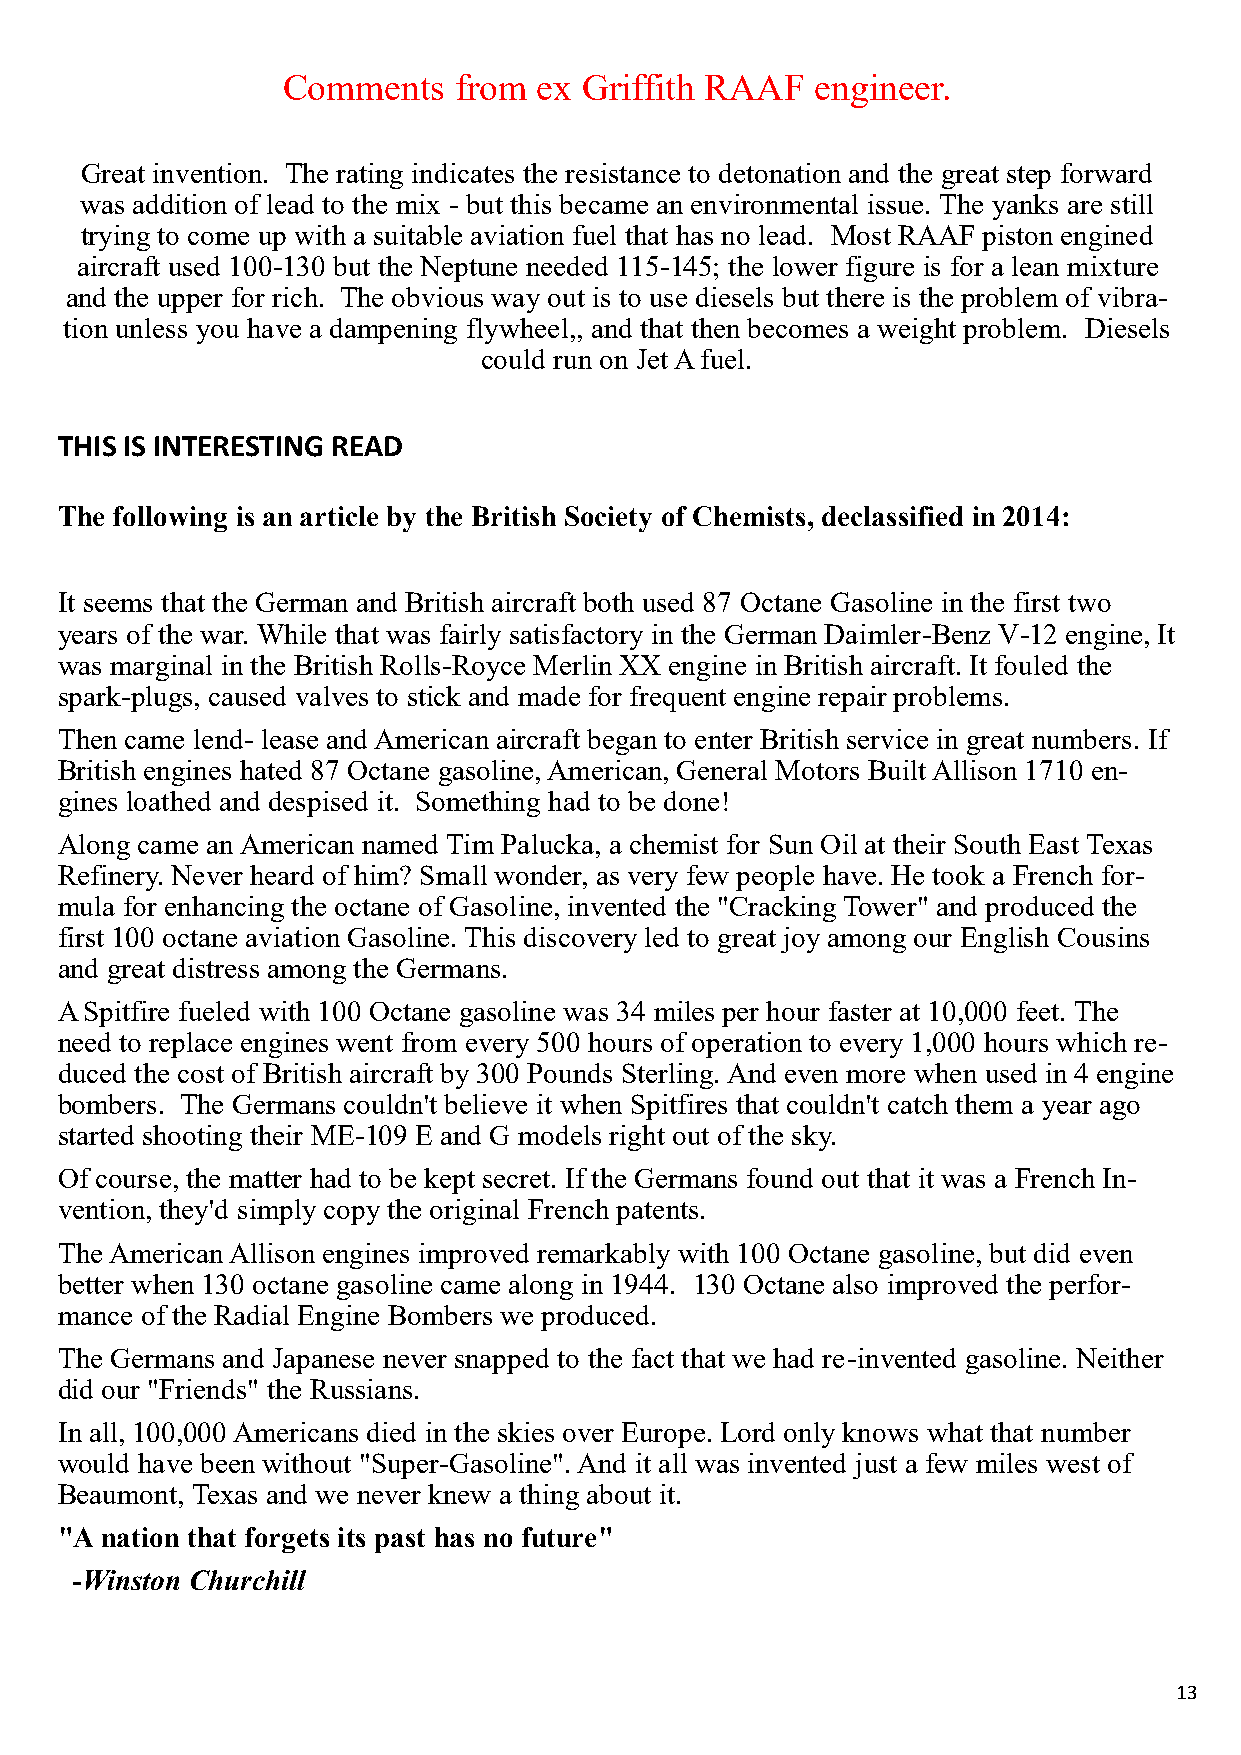
Comments   from  ex Griffith RAAF  engineer.
 Great invention. The rating indicates the resistance to detonation and the great step forward
 was addition of lead to the mix - but this became an environmental issue. The yanks are still
 trying to come up with a suitable aviation fuel that has no lead. Most RAAF piston engined
 aircraft used 100-130 but the Neptune needed 115-145; the lower figure is for a lean mixture
 and the upper for rich. The obvious way out is to use diesels but there is the problem of vibra-
 tion unless you have a dampening flywheel,, and that then becomes a weight problem. Diesels
 could run on Jet A fuel.
 THIS IS INTERESTING READ
 The following is an article by the British Society of Chemists, declassified in 2014:
 It seems that the German and British aircraft both used 87 Octane Gasoline in the first two
 years of the war. While that was fairly satisfactory in the German Daimler-Benz V-12 engine, It
 was marginal in the British Rolls-Royce Merlin XX engine in British aircraft. It fouled the
 spark-plugs, caused valves to stick and made for frequent engine repair problems.
 Then came lend- lease and American aircraft began to enter British service in great numbers. If
 British engines hated 87 Octane gasoline, American, General Motors Built Allison 1710 en-
 gines loathed and despised it. Something had to be done!
 Along came an American named Tim Palucka, a chemist for Sun Oil at their South East Texas
 Refinery. Never heard of him? Small wonder, as very few people have. He took a French for-
 mula for enhancing the octane of Gasoline, invented the "Cracking Tower" and produced the
 first 100 octane aviation Gasoline. This discovery led to great joy among our English Cousins
 and great distress among the Germans.
 A Spitfire fueled with 100 Octane gasoline was 34 miles per hour faster at 10,000 feet. The
 need to replace engines went from every 500 hours of operation to every 1,000 hours which re-
 duced the cost of British aircraft by 300 Pounds Sterling. And even more when used in 4 engine
 bombers. The Germans couldn't believe it when Spitfires that couldn't catch them a year ago
 started shooting their ME-109 E and G models right out of the sky.
 Of course, the matter had to be kept secret. If the Germans found out that it was a French In-
 vention, they'd simply copy the original French patents.
 The American Allison engines improved remarkably with 100 Octane gasoline, but did even
 better when 130 octane gasoline came along in 1944. 130 Octane also improved the perfor-
 mance of the Radial Engine Bombers we produced.
 The Germans and Japanese never snapped to the fact that we had re-invented gasoline. Neither
 did our "Friends" the Russians.
 In all, 100,000 Americans died in the skies over Europe. Lord only knows what that number
 would have been without "Super-Gasoline". And it all was invented just a few miles west of
 Beaumont, Texas and we never knew a thing about it.
 "A nation that forgets its past has no future"
 -Winston Churchill
 13